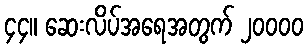
၄၄။ ဆေးလိပ်အရေအတွက် ၂၀၀၀၀